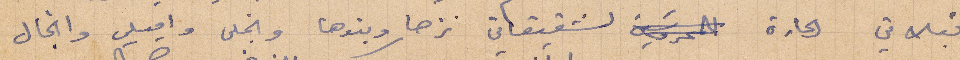
قبلاتي الحارة لشقيقاتي نزها وبنوها وانجل واميلي وانجال